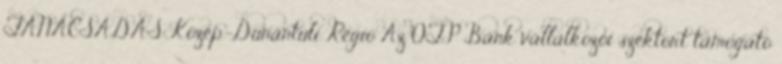
TANÁCSADÁS Közép-Dunántúli Régió Az OTP Bank vállalkozói szektort támogató